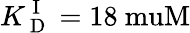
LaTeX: K_{\mathrm{~D~}}^{\mathrm{~I~}}=18\mathrm{\ muM}